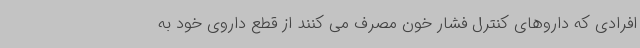
افرادی که داروهای کنترل فشار خون مصرف می کنند از قطع داروی خود به